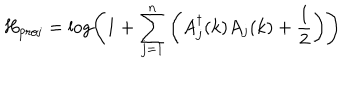
H _ { \mathrm { p r o j } } = \log \left( 1 + \sum _ { j = 1 } ^ { n } \left( A _ { j } ^ { \dagger } ( k ) A _ { j } ( k ) + { \frac { 1 } { 2 } } \right) \right)